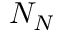
N _ { N }